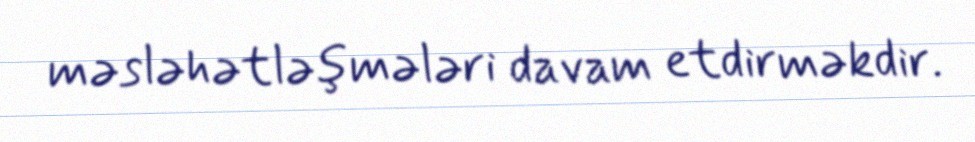
məsləhətləşmələri davam etdirməkdir.